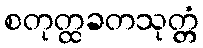
စတုတ္ထခတသုတ္တံ